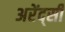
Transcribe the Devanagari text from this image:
अरेंद्सी